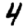
Digit: 4